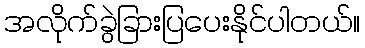
အလိုက်ခွဲခြားပြပေးနိုင်ပါတယ်။